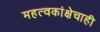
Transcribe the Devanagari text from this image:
महत्वकांक्षेचाही